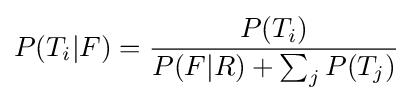
P(T_{i}|F)={\frac {P(T_{i})}{P(F|R)+\sum _{j}{P(T_{j})}}}